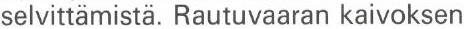
selvittämistä. Rautuvaaran kaivoksen